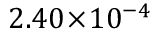
2 . 4 0 \! \times \! 1 0 ^ { - 4 }